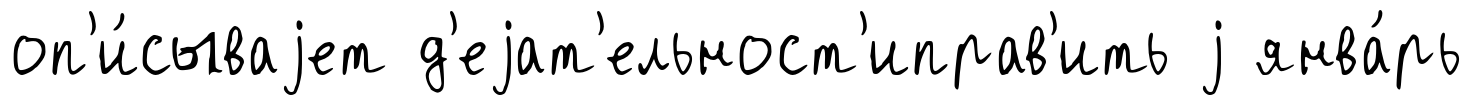
оп'и́сываjет д'еjат'ельност'иправ'ить j янва́рь